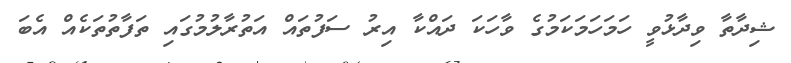
ޝިދާތާ ވިދާޅުވީ ހަމަހަމަކަމުގެ ވާހަކަ ދައްކާ އިރު ސަފުތައް އަތުރާލުމުގައި ތަފާތުތަކެއް އެބަ